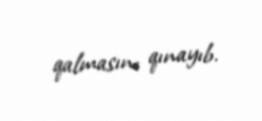
qalmasını qınayıb.